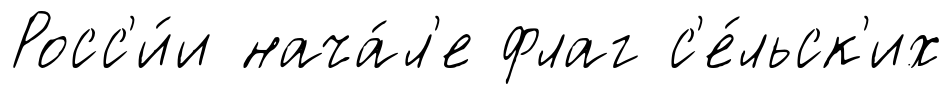
Росс'и́и нача́л'е флаг с'е́льск'их